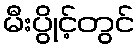
မီးပွိုင့်တွင်